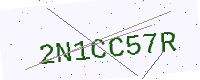
Text: 2N1CC57R